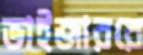
ভাইজাররে